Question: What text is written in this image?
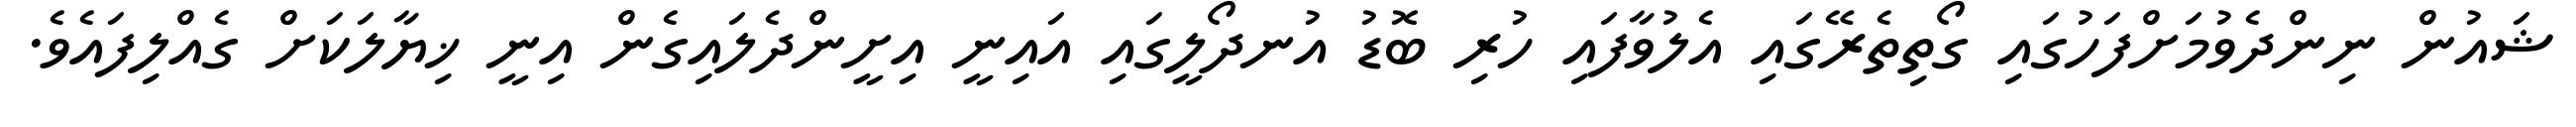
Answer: ޝައުން ނިންދެވުމަށްފަހުގައި ގޯތިތެރޭގައި އެލުވާފައި ހުރި ބޮޑު އުނދޯލީގައި އައިނީ އިށީންދެލައިގެން އިނީ ޚިޔާލަކަށް ގެއްލިފައެވެ.